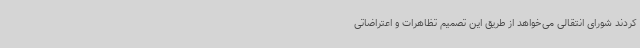
کردند شورای انتقالی می‌خواهد از طریق این تصمیم تظاهرات و اعتراضاتی